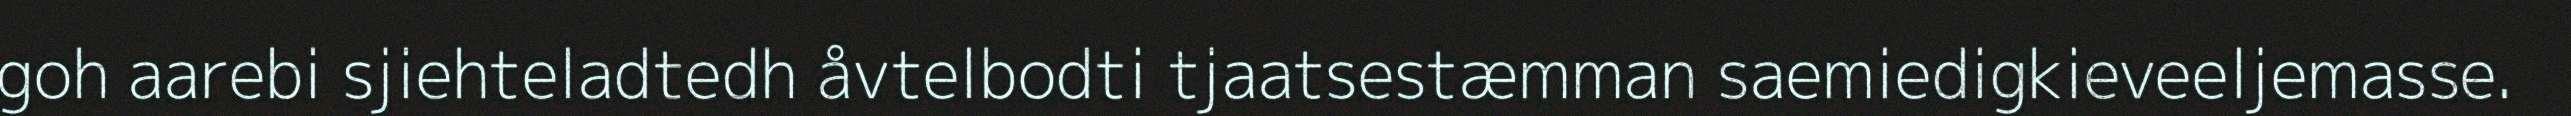
goh aarebi sjiehteladtedh åvtelbodti tjaatsestæmman saemiedigkieveeljemasse.